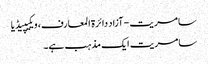
سامریت - آزاد دائرۃ المعارف، ویکیپیڈیا
سامریت ایک مذہب ہے۔